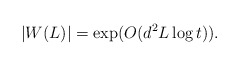
\begin{align*}|W(L)| = \exp(O(d^2L\log t)).\end{align*}